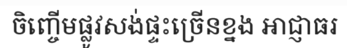
ចិញ្ចើមផ្លូវសង់ផ្ទះច្រើនខ្នង អាជ្ញាធរ